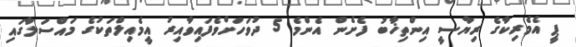
ޕީ އެމެރިކާގެ ރިޔާސީ އިންތިޚާބު ފެށެން އެންމެ 5 ދުވަހަށްވެފައިވާއިރު އީމެއިލްތަކުގެ މައްސަލާގައި